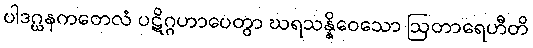
ပါဒဂ္ဃနကတေလံ ပဋိဂ္ဂဟာပေတွာ ဃရသန္နိဝေသော ဩတာရေဟီတိ